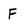
Character: F